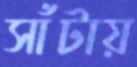
সাঁটায়